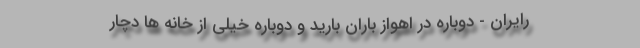
رایران - دوباره در اهواز باران بارید و دوباره خیلی از خانه ها دچار